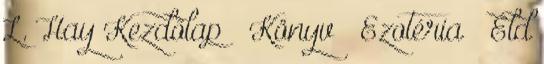
L. Hay Kezdőlap Könyv Ezotéria Éld